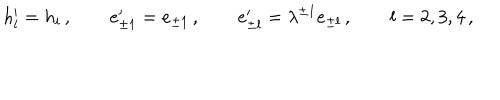
h _ { l } ^ { \prime } = h _ { i } \, , \qquad e _ { \pm 1 } ^ { \prime } = e _ { \pm 1 } \, , \qquad e _ { \pm l } ^ { \prime } = \lambda ^ { \pm 1 } e _ { \pm l } \, , \qquad l = 2 , 3 , 4 \, ,